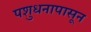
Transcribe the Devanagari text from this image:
पशुधनापासून